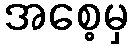
အစေ့မှ